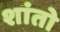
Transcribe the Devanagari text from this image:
शांतो